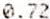
0.72